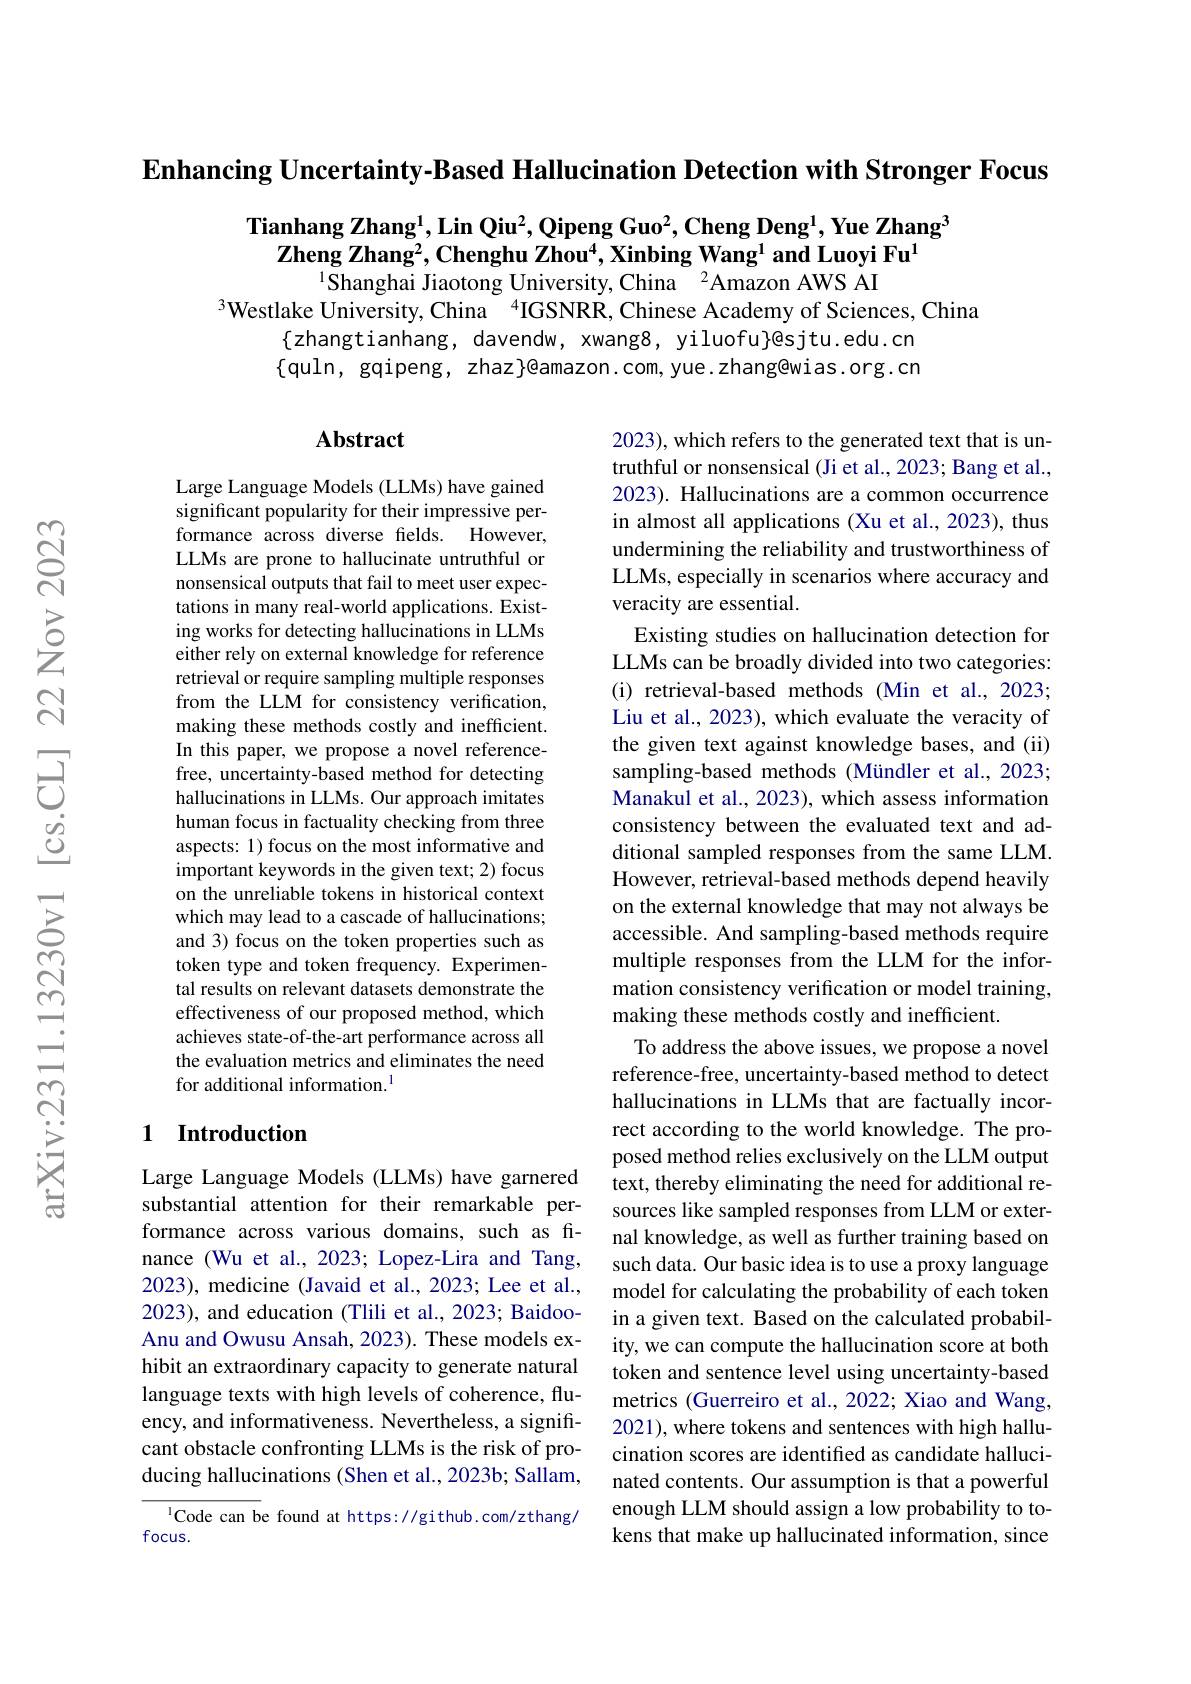
$\textbf{Enhancing Uncertainty- Based Hallucination Detection with Stronger Focus}$

$\textbf{Tianhang Zhang}^1$,Lin Qiu$^2,\textbf{Qipeng Guo}^2,\textbf{Cheng Deng}^1,\textbf{Yue Zhang}^3$
$\mathbf{Zheng~Zhang^2,~Chenghu~Zhou^4,~Xinbing~Wang^1~and~Luoyi~Fu^1}$
$^{1}\bar{\text{Shanghai Jiaotong University, }}$

$^{3}$Westlake University, China $^{4}$IGSNRR, Chinese Academy of Sciences, China
$\{$zhangtianhang, davendw, xwang8, yiluofu}@sjtu.edu.cn {quln, gqipeng, zhaz}@amazon.com, yue.zhang@wias.org.cn

### Abstract

Large Language Models (LLMs) have gained significant popularity for their impressive performance across diverse fields. However, LLMs are prone to hallucinate untruthf nonsensical outputs that fail to meet user expectations in many real-world applications. Existing works for detecting hallucinations in LLMs either rely on external knowledge for reference retrieval or require sampling multiple responses from the LLM for consistency verification, making these methods costly and inefficient. In this paper, we propose a novel referencefree, uncertainty-based method for detecting hallucinations in LLMs. Our approach imitates human focus in factuality checking from three aspects: 1) focus on the most informative and important keywords in the given text; 2) focus on the unreliable tokens in historical context which may lead to a cascade of halluci and 3) focus on the token properties such as token type and token frequency. Experimental results on relevant datasets demonstrate the effectiveness of our proposed method, which achieves state-of-the-art performance across all the evaluation metrics and eliminates the need for additional information.$^{1}$

2023), which refers to the generated text that is untruthful or nonsensical (Ji et al., 202023). Hallucinations are a common occurrence in almost all applications (Xu et al., 2023), thus undermining the reliability and trustw LLMs, especially in scenarios where accuracy and veracity are essential.
Existing studies on hallucination detection for LLMs can be broadly divided into two categories: (i) retrieval-based methods (Min et al., 2023; Liu et al., 2023), which evaluate the veracity of the given text against knowledge bases, and (ii) sampling-based methods (Mündler et al., 2023; Manakul et al., 2023), which assess in consistency between the evaluated text and additional sampled responses from the same LLM. However, retrieval-based methods depen on the external knowledge that may not always be accessible. And sampling-based methods require multiple responses from the LLM for the information consistency verification or model training, making these methods costly and inefficient.
To address the above issues, we propose a novel reference-free, uncertainty-based method to detect hallucinations in LLMs that are factually incorrect according to the world knowledge. posed method relies exclusively on the LLM output text, thereby eliminating the need for additional resources like sampled responses from LLM or external knowledge, as well as further training based on such data. Our basic idea is to use a proxy language model for calculating the probability of each token in a given text. Based on the calculated probability, we can compute the hallucination score at both token and sentence level using uncertainty-based metrics (Guerreiro et al., 2022; Xiao and Wang, 2021), where tokens and sentences with high hallucination scores are identified as candidate hallucinated contents. Our assumption is that a powerful enough LLM should assign a low probability to tokens that make up hallucinated information, since

## 1 Introduction

Large Language Models (LLMs) have garnered substantial attention for their remark formance across various domains, such as finance (Wu et al., 2023; Lopez-Lira and 2023), medicine (Javaid et al., 2023; Lee et al., 2023), and education (Tlili et al., 2023; BaidooAnu and Owusu Ansah, 2023). These models exhibit an extraordinary capacity to generate natural language texts with high levels of coherence, fluency, and informativeness. Nevertheless, a significant obstacle confronting LLMs is the risk of producing hallucinations (Shen et al., 20

$^{1}$Code can be found at https://github.com/zthang/
focus.